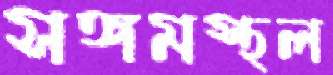
সঙ্গমস্থল